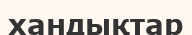
хандықтар